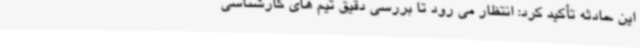
این حادثه تأکید کرد: انتظار می ‌رود تا بررسی دقیق تیم های کارشناسی